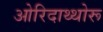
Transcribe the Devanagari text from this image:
ओरिदाथ्थोरू